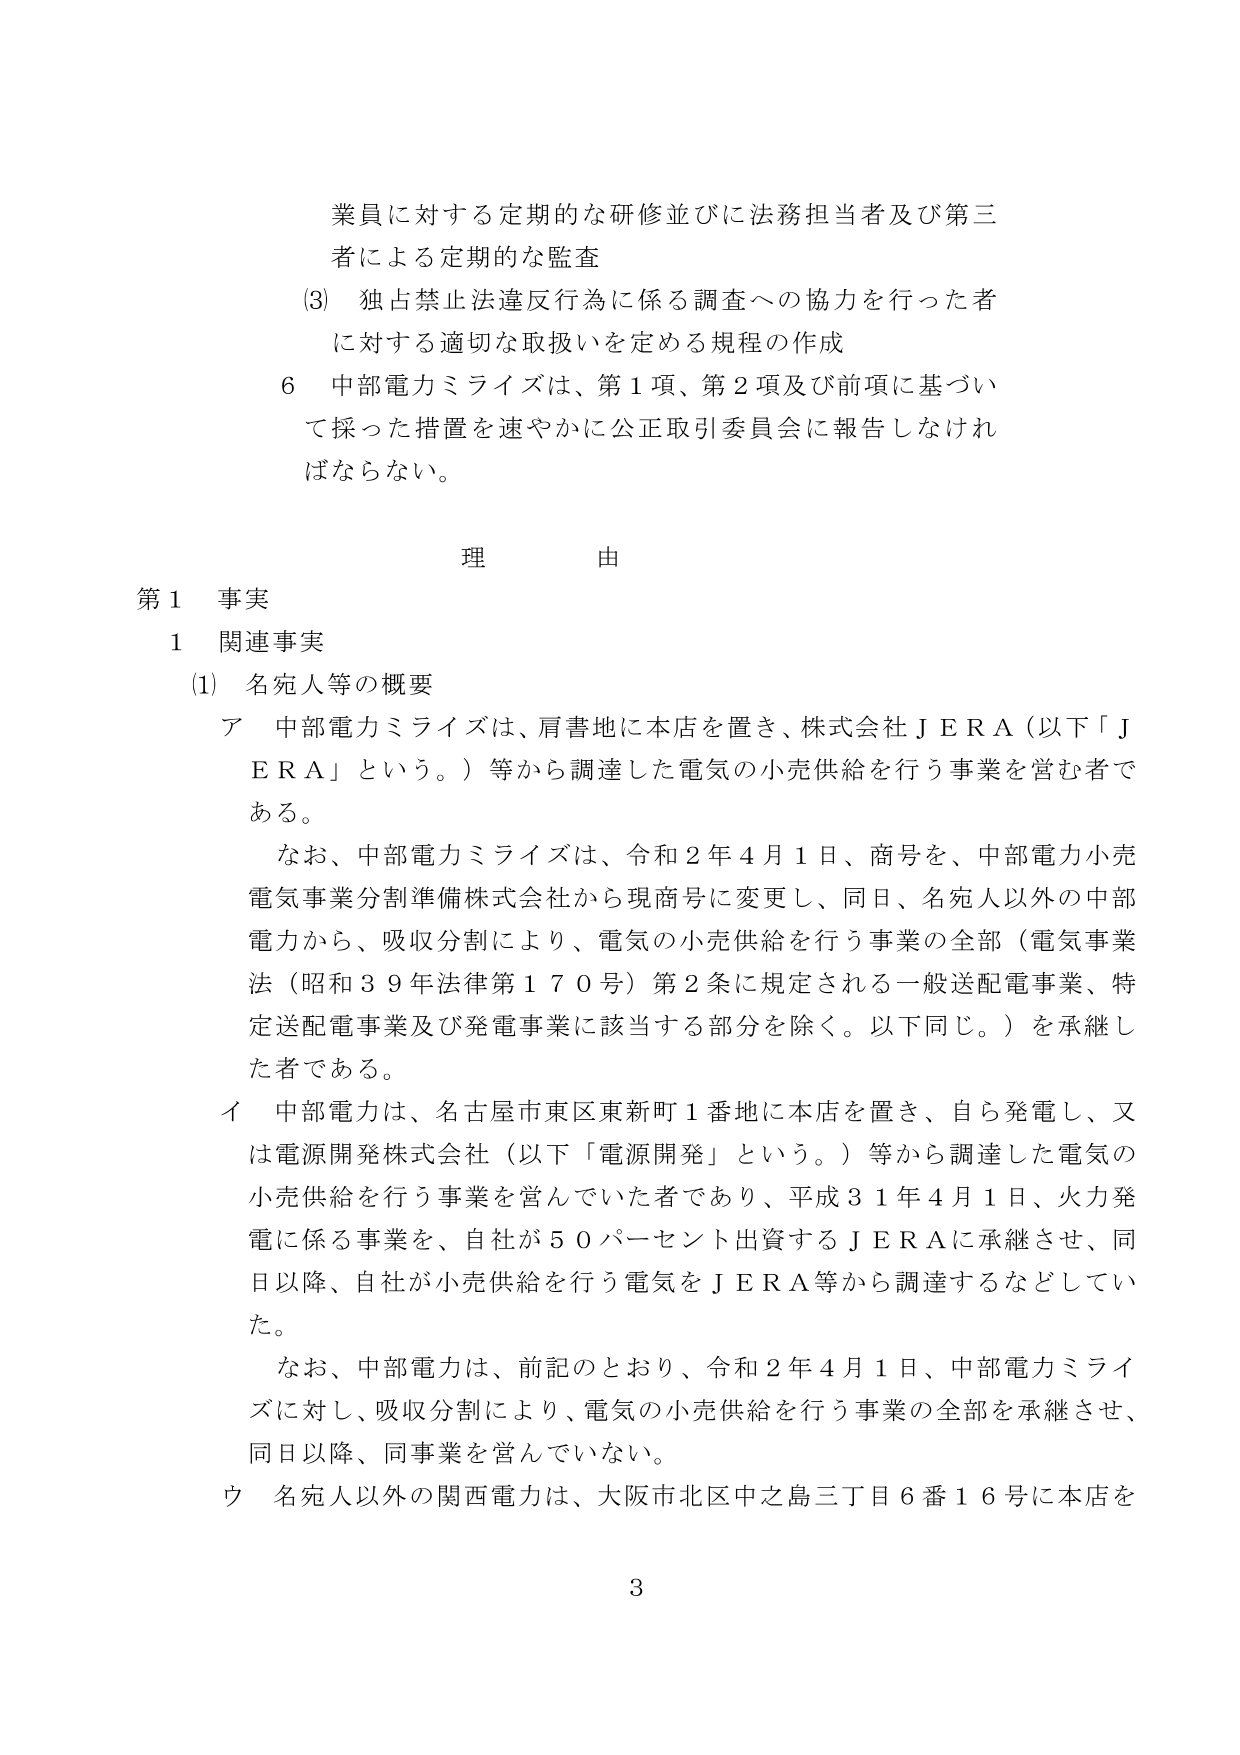
業員に対する定期的な研修並びに法務担当者及び第三者による定期的な監査
(3) 独占禁止法違反行為に係る調査への協力を行った者に対する適切な取扱いを定める規程の作成
6 中部電力ミライズは、第1項、第2項及び前項に基づいて採った措置を速やかに公正取引委員会に報告しなければならない。

理 由

第1 事実
1 関連事実
(1) 名宛人等の概要
ア 中部電力ミライズは、肩書地に本店を置き、株式会社ＪＥＲＡ（以下「ＪＥＲＡ」という。）等から調達した電気の小売供給を行う事業を営む者である。
　なお、中部電力ミライズは、令和2年4月1日、商号を、中部電力小売電気事業分割準備株式会社から現商号に変更し、同日、名宛人以外の中部電力から、吸収分割により、電気の小売供給を行う事業の全部（電気事業法（昭和39年法律第170号）第2条に規定される一般送配電事業、特定送配電事業及び発電事業に該当する部分を除く。以下同じ。）を承継した者である。
イ 中部電力は、名古屋市東区東新町1番地に本店を置き、自ら発電し、又は電源開発株式会社（以下「電源開発」という。）等から調達した電気の小売供給を行う事業を営んでいた者であり、平成31年4月1日、火力発電に係る事業を、自社が50パーセント出資するＪＥＲＡに承継させ、同日以降、自社が小売供給を行う電気をＪＥＲＡ等から調達するなどしていた。
　なお、中部電力は、前記のとおり、令和2年4月1日、中部電力ミライズに対し、吸収分割により、電気の小売供給を行う事業の全部を承継させ、同日以降、同事業を営んでいない。
ウ 名宛人以外の関西電力は、大阪市北区中之島三丁目6番16号に本店を

3